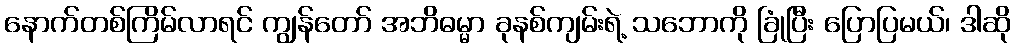
နောက်တစ်ကြိမ်လာရင် ကျွန်တော် အဘိဓမ္မာ ခုနစ်ကျမ်းရဲ့ သဘောကို ခြုံပြီး ပြောပြမယ်၊ ဒါဆို